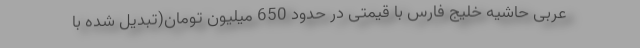
عربی حاشیه خلیج فارس با قیمتی در حدود 650 میلیون تومان(تبدیل شده با